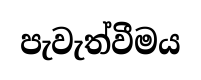
පැවැත්වීමය